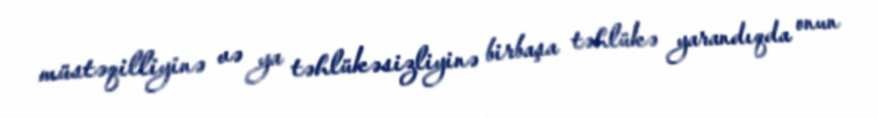
müstəqilliyinə və ya təhlükəsizliyinə birbaşa təhlükə yarandıqda onun